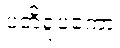
ပတိရူပကော